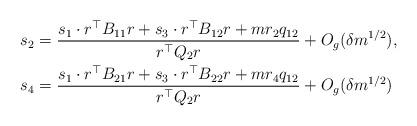
LaTeX: \begin{align*}s_2 & = \frac{s_1 \cdot {r}^{\top}B_{11} {r} + s_3 \cdot {r}^{\top}B_{12} {r} +m r_2 q_{12}}{ {r}^{\top}Q_2 {r}} + O_g(\delta m^{1/2}),\\s_4 & = \frac{ s_1 \cdot {r}^{\top}B_{21} {r} + s_3 \cdot {r}^{\top}B_{22} {r} + m r_4 q_{12}}{ {r}^{\top}Q_2 {r}} + O_g(\delta m^{1/2})\end{align*}